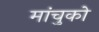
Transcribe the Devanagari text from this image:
मांचुको